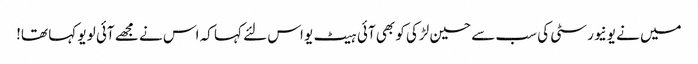
میں نے یونیورسٹی کی سب سے حسین لڑکی کو بھی آئی ہیٹ یو اس لئے کہا کہ اس نے مجھے آئی لو یو کہا تھا!